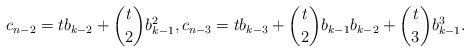
LaTeX: \begin{align*}c_{n-2}=tb_{k-2}+{t \choose 2}b_{k-1}^2, c_{n-3}=tb_{k-3}+{t \choose 2} b_{k-1}b_{k-2}+{t \choose 3}b_{k-1}^3.\end{align*}